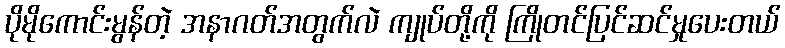
ပိုမိုကောင်းမွန်တဲ့ အနာဂတ်အတွက်လဲ ကျုပ်တို့ကို ကြိုတင်ပြင်ဆင်မှုပေးတယ်